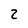
Character: 2